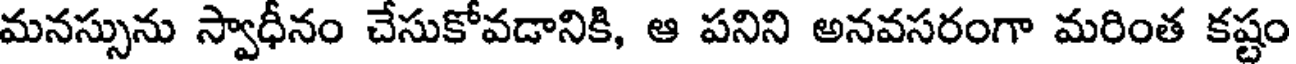
మనస్సును స్వాధీనం చేసుకోవడానికి, ఆ పనిని అనవసరంగా మరింత కష్టం